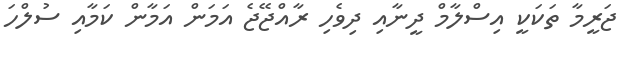
ޖަރީމާ ތަކަކީ އިސްލާމް ދީނާއި ދިވެހި ރާއްޖޭޖެ އަމަން އަމާން ކަމާއި ސުލްހަ